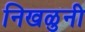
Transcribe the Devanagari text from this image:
निखळुनी